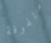
ملفوفة